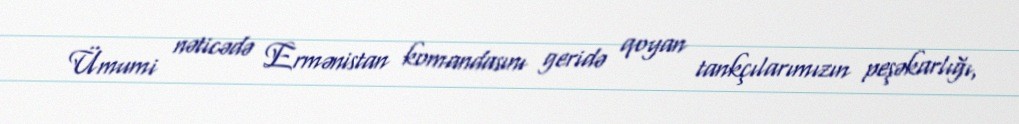
Ümumi nəticədə Ermənistan komandasını geridə qoyan tankçılarımızın peşəkarlığı,